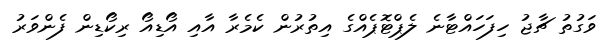
ވަގުތު ޗާޖު ހިފަހައްޓާނެ ލެޕްޓޮޕެއްގެ އިތުރުން ކެމެރާ އާއި އޯޑިއޯ ރިކޯޑިން ފެންވަރު